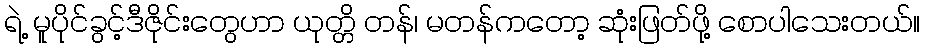
ရဲ့ မူပိုင်ခွင့်ဒီဇိုင်းတွေဟာ ယုတ္တိ တန်၊ မတန်ကတော့ ဆုံးဖြတ်ဖို့ စောပါသေးတယ်။